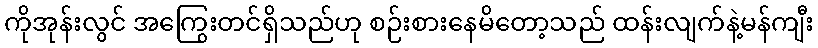
ကိုအုန်းလွင် အကြွေးတင်ရှိသည်ဟု စဉ်းစားနေမိတော့သည် ထန်းလျက်နဲ့မန်ကျီး